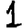
Digit: 1